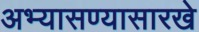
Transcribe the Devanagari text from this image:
अभ्यासण्यासारखे